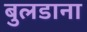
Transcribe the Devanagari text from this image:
बुलडाना